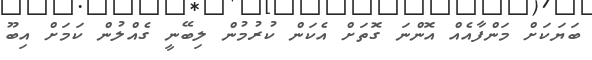
ބަޔަކަށް މަންފާއެއް އޮންނަ ގޮތަށް އެކަން ކުރުމުން ލިބޭނީ ގެއްލުން ކަމަށް އިބޫ